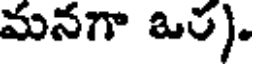
మనగా ఒర).